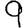
Digit: 9